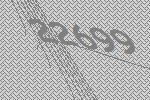
22699